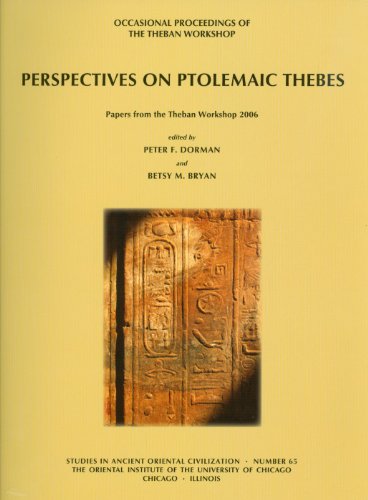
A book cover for Perspectives on Ptolemaic Thebes: Occasional Proceedings of the Theban Workshop (Studies in Ancient Oriental Civilization) (Studies in Ancient Oriental Civilizations); History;